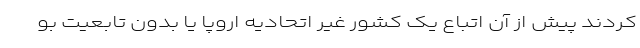
کردند پیش از آن اتباع یک کشور غیر اتحادیه اروپا یا بدون تابعیت بو